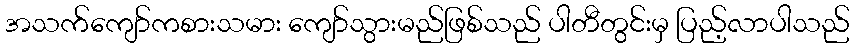
အသက်ကျော်ကစားသမား ကျော်သွားမည်ဖြစ်သည် ပါတီတွင်းမှ ပြည့်လာပါသည်